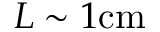
L \sim 1 \mathrm { c m }